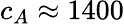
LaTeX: c_{A}\approx 1400